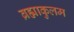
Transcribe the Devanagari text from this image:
ब्रह्माकुलम